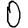
Digit: 0